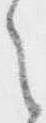
之